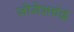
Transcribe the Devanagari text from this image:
जोगेशचंद्र